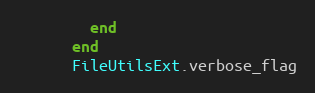
Language: Ruby
        end
      end
      FileUtilsExt.verbose_flag